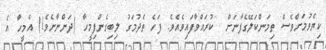
ކިޔެވުމަށްވެސް ތިމަންކަލޭގެފާނަށް  ކުރައްވާފައިވެއެވެ. ފަހެ ތެދުމަގު ލިބިގެންފިމީހާ (ދަންނާށެވެ!) އެމީހާ އެ